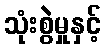
သုံးစွဲမှုနှင့်